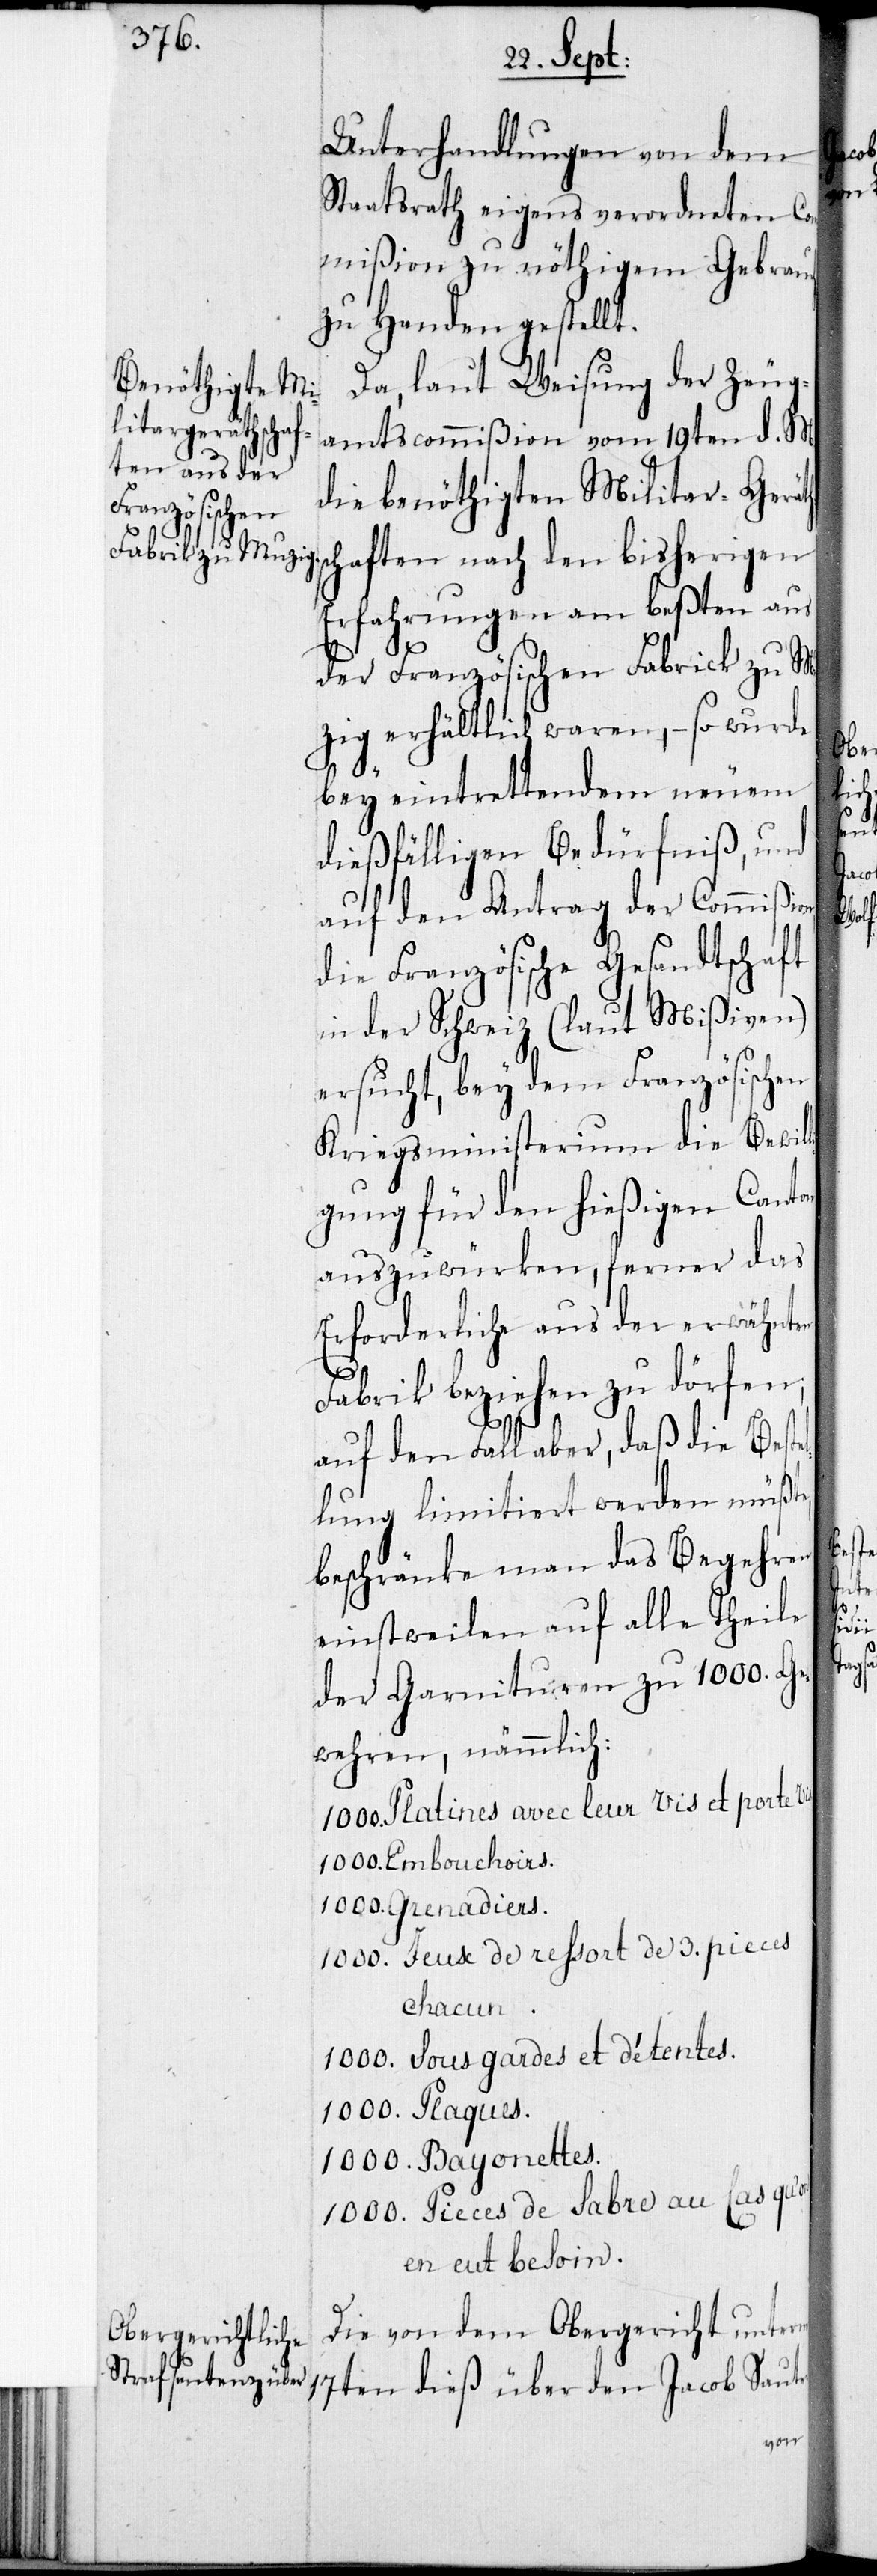
Unterhandlung von dem
Staatsrath eigens verordneten Co¬
mmißion zu nöthigem Gebrauch
zu Handen gestellt.
Da, laut Weisung der Zeug¬
amtscommißion vom 19ten d. M.
die benöthigten Militar-Gerät¬
chaften nach den bisherigen
Erfahrungen am beßten aus
der Französischen Fabrick zu Mu¬
zig erhältlich waren, – so wurde
bey eintrettendem neuem
dießfälligen Bedürfniß, und
auf den Antrag der Commißio¬
die Französische Gesandtschaft
in der Schweiz (laut Mißiven)
ersucht, bey dem Französischen
Kriegsministerium die Bewill¬
igung für den hießigen Canton
auszuwürken, ferner das
erforderliche aus der erwähnten
Fabrik beziehen zu dörfen,
auf den Fall aber, daß die Beste¬
lung limitiert werden müßte,
beschränke man das Begehren
einstweilen auf alle Theile
der Garnituren zu 1000. Ge¬
wehren, nämmlich:
1000. Platines avec leur vis et porte vis.
1000. Embouchoirs.
1000. Grenadiers.
1000. Jeux de ressort de 3. pieces
chacun.
1000. Sous gardes et détentes.
1000. Plaques.
1000. Bayonettes.
1000. Pieces de sabre au cas
en eut besoin.
Die von dem Obergericht unterm

l¬
den
Sauter